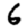
Digit: 6